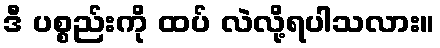
ဒီ ပစ္စည်းကို ထပ် လဲလို့ရပါသလား။